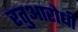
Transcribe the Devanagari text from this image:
रतुआरोधी